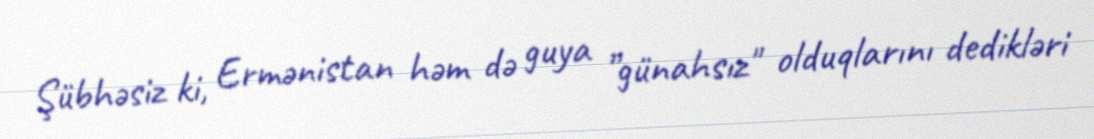
Şübhəsiz ki, Ermənistan həm də guya ”günahsız" olduqlarını dedikləri